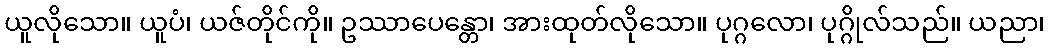
ယူလိုသော။ ယူပံ၊ ယဇ်တိုင်ကို။ ဥဿာပေန္တော၊ အားထုတ်လိုသော။ ပုဂ္ဂလော၊ ပုဂ္ဂိုလ်သည်။ ယညာ၊